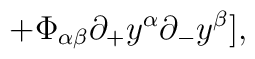
\hspace{20mm} + \Phi_{\alpha \beta}{\partial_{+}}y^{\alpha}{\partial_{-}}y^{\beta}],